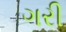
ગરી